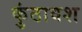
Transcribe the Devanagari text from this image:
कुंठावश